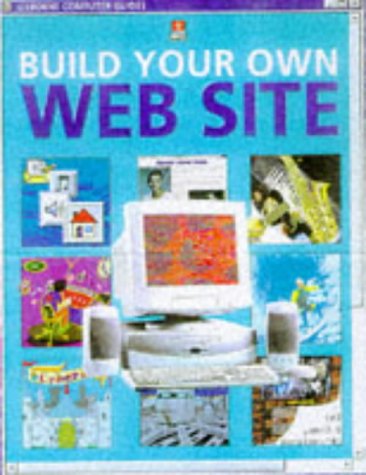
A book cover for Build Your Own Website (Usborne Computer Guides); Children's Books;